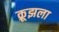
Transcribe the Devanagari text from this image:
क्रूझला